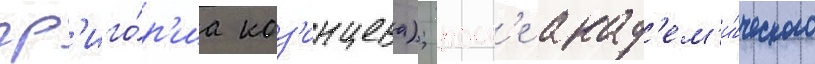
гр'иго́р'иа коз'инцева); посл'е акад'ем'и́ческого